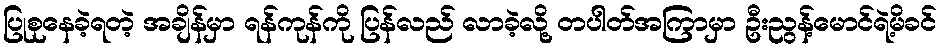
ပြုစုနေခဲ့ရတဲ့ အချိန်မှာ ရန်ကုန်ကို ပြန်လည် လာခဲ့လို့ တပါတ်အကြာမှာ ဦးညွန့်မောင်ရဲ့မိခင်